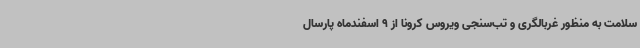
سلامت به منظور غربالگری و تب‌سنجی ویروس کرونا از 9 اسفندماه پارسال